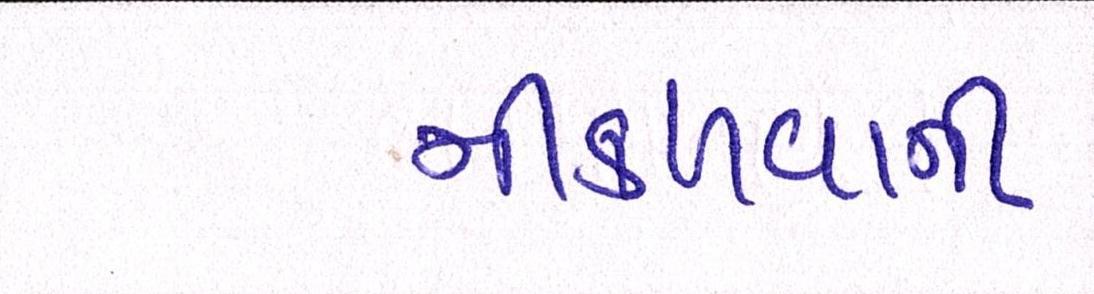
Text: નીકળવાની